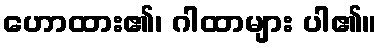
ဟောထား၏၊ ဂါထာများ ပါ၏။